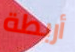
أربطة